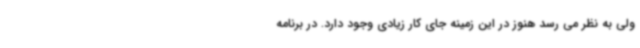
ولی به نظر می رسد هنوز در این زمینه جای کار زیادی وجود دارد. در برنامه